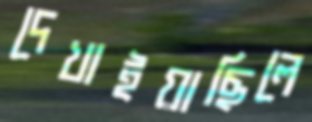
দেখাইয়াছিলে